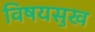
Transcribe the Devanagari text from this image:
विषयसुख